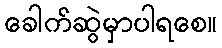
ခေါက်ဆွဲမှာပါရစေ။